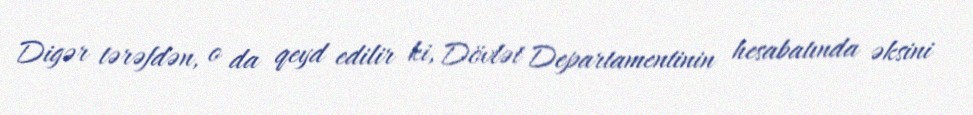
Digər tərəfdən, o da qeyd edilir ki, Dövlət Departamentinin hesabatında əksini